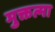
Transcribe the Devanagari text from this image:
मुक्तत्मा